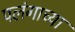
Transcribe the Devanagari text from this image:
पलंगाच्या